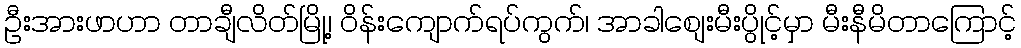
ဦးအားဖာဟာ တာချီလိတ်မြို့၊ ဝိန်းကျောက်ရပ်ကွက်၊ အာခါစျေးမီးပွိုင့်မှာ မီးနီမိတာကြောင့်